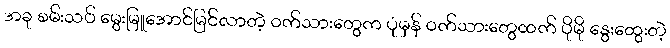
အခု စမ်းသပ် မွေးမြူအောင်မြင်လာတဲ့ ဝက်သားတွေက ပုံမှန် ဝက်သားတွေထက် ပိုမို နွေးထွေးတဲ့